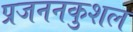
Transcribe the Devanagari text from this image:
प्रजननकुशल